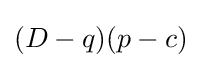
(D-q)(p-c)